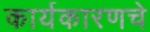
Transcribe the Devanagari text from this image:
कार्यकारणचे